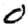
Digit: 0